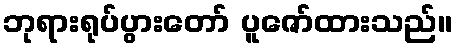
ဘုရားရုပ်ပွားတော် ပူဇော်ထားသည်။